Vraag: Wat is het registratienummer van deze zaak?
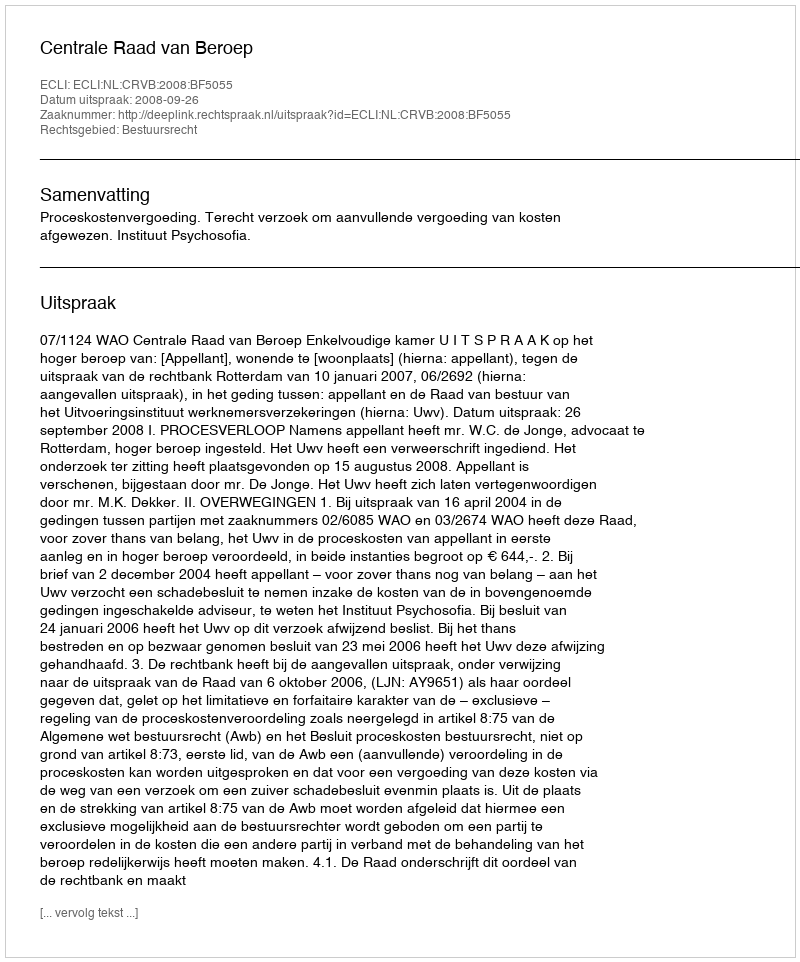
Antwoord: http://deeplink.rechtspraak.nl/uitspraak?id=ECLI:NL:CRVB:2008:BF5055